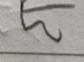
Signature authenticity: forged